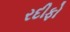
રદીફો